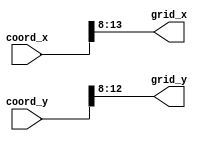
module coordinate_to_grid(coord_x, coord_y, grid_x, grid_y);
    input [13:0] coord_x;
    input [12:0] coord_y;

    // assume that grid squares are of size 256
    // this divIdes the coords by 256 since log2(256) = 8
    assign grid_x = coord_x[13:8];
    assign grid_y = coord_y[12:8];

    output [5:0] grid_x;
    output [4:0] grid_y;
endmodule